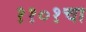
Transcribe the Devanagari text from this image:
११०१चा